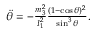
\begin{array} { r } { \ddot { \theta } = - \frac { m _ { 3 } ^ { 2 } } { I _ { 1 } ^ { 2 } } \frac { ( 1 - \cos \theta ) ^ { 2 } } { \sin ^ { 3 } \theta } . } \end{array}